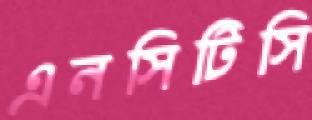
এনসিটিসি